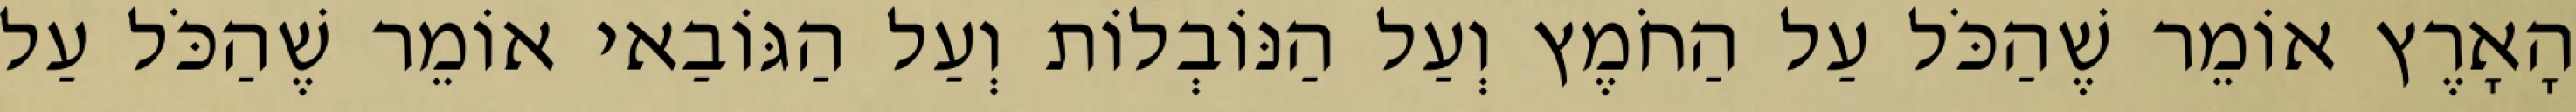
הָאָרֶץ אוֹמֵר שֶׁהַכֹּל עַל הַחֹמֶץ וְעַל הַנּוֹבְלוֹת וְעַל הַגּוֹבַאי אוֹמֵר שֶׁהַכֹּל עַל